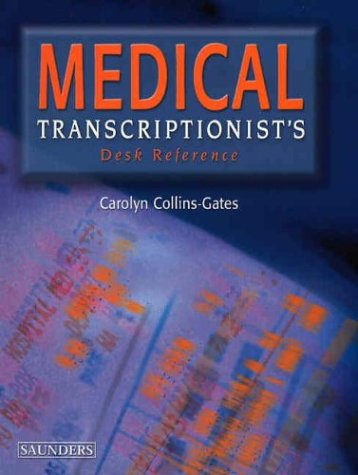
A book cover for Medical Transcriptionist's Desk Reference, 1e; Carolyn Collins-Gates; Medical Books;